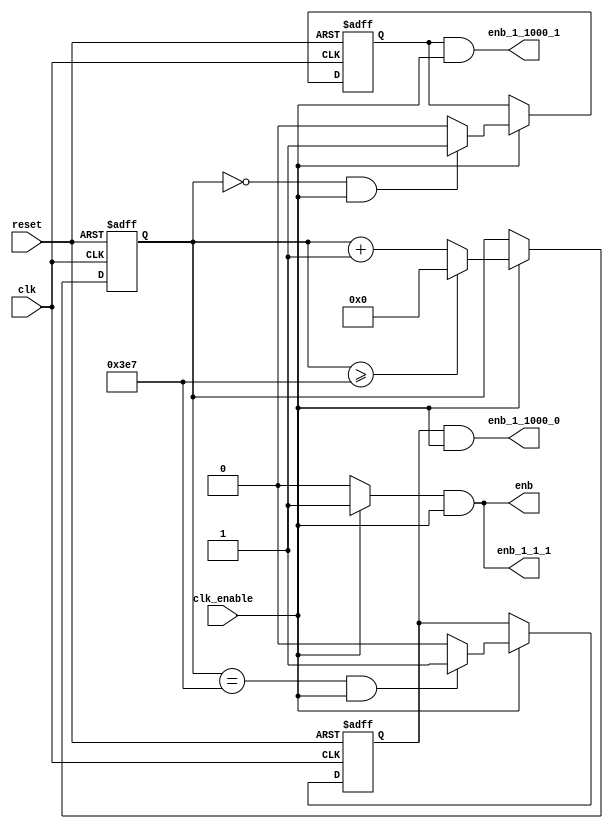
// -------------------------------------------------------------
// 
// 
// Generated by MATLAB 9.12 and HDL Coder 3.20
// 
// -------------------------------------------------------------


// -------------------------------------------------------------
// 
// Module: Transmitter_tc
// Source Path: Transmitter_tc
// Hierarchy Level: 1
// 
// Master clock enable input: clk_enable
// 
// enb         : identical to clk_enable
// enb_1_1_1   : identical to clk_enable
// enb_1_1000_0: 1000x slower than clk with last phase
// enb_1_1000_1: 1000x slower than clk with phase 1
// 
// -------------------------------------------------------------

`timescale 1 ns / 1 ns

module Transmitter_tc
          (clk,
           reset,
           clk_enable,
           enb,
           enb_1_1_1,
           enb_1_1000_0,
           enb_1_1000_1);


  input   clk;
  input   reset;
  input   clk_enable;
  output  enb;
  output  enb_1_1_1;
  output  enb_1_1000_0;
  output  enb_1_1000_1;


  reg [9:0] count1000;  // ufix10
  wire phase_all;
  reg  phase_0;
  wire phase_0_tmp;
  reg  phase_1;
  wire phase_1_tmp;


  always @ (posedge clk or posedge reset)
    begin: Counter1000
      if (reset == 1'b1) begin
        count1000 <= 10'b0000000001;
      end
      else begin
        if (clk_enable == 1'b1) begin
          if (count1000 >= 10'b1111100111) begin
            count1000 <= 10'b0000000000;
          end
          else begin
            count1000 <= count1000 + 10'b0000000001;
          end
        end
      end
    end // Counter1000

  assign phase_all = clk_enable ? 1'b1 : 1'b0;

  always @ (posedge clk or posedge reset)
    begin: temp_process1
      if (reset == 1'b1) begin
        phase_0 <= 1'b0;
      end
      else begin
        if (clk_enable == 1'b1) begin
          phase_0 <= phase_0_tmp;
        end
      end
    end // temp_process1

  assign  phase_0_tmp = (count1000 == 10'b1111100111 && clk_enable == 1'b1) ? 1'b1 : 1'b0;

  always @ (posedge clk or posedge reset)
    begin: temp_process2
      if (reset == 1'b1) begin
        phase_1 <= 1'b1;
      end
      else begin
        if (clk_enable == 1'b1) begin
          phase_1 <= phase_1_tmp;
        end
      end
    end // temp_process2

  assign  phase_1_tmp = (count1000 == 10'b0000000000 && clk_enable == 1'b1) ? 1'b1 : 1'b0;

  assign enb =  phase_all & clk_enable;

  assign enb_1_1_1 =  phase_all & clk_enable;

  assign enb_1_1000_0 =  phase_0 & clk_enable;

  assign enb_1_1000_1 =  phase_1 & clk_enable;


endmodule  // Transmitter_tc